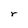
Character: r